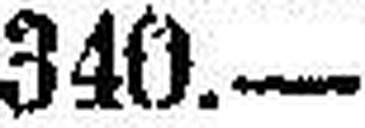
340.—